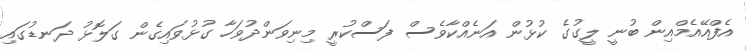
އެފްއޭއެމްއިން ބުނީ ލީގުގެ ކުޅުން އަނެއްކާވެސް ފަސްކުރީ މިނިވަންދުވަހާ ގުޅުވައިގެން ގަލޮޅު ދަނޑުގައި